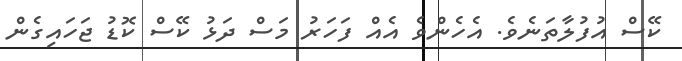
ކޭސް އުފުލާތަނެވެ. އެހެންވެ އެއް ފަހަރު މަސް ދަޅު ކޭސް ކޮޑު ޖަހައިގެން